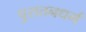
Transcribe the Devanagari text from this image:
पुरातनधर्म